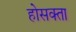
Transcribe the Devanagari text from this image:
होसक्ता